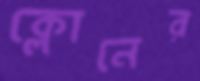
ক্লোনের